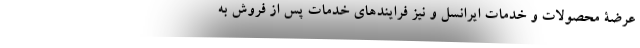
عرضۀ محصولات و خدمات ایرانسل و نیز فرایندهای خدمات پس از فروش به